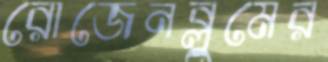
রোজেনব্লুমের